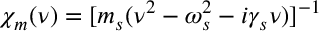
\chi _ { m } ( \nu ) = [ m _ { s } ( \nu ^ { 2 } - \omega _ { s } ^ { 2 } - i \gamma _ { s } \nu ) ] ^ { - 1 }